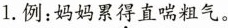
1.例：妈妈累得直喘粗气。